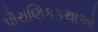
પૌરાણિકકથાઓ